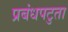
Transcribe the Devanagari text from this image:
प्रबंधपटुता